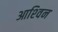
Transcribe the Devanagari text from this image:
आश्‍विन